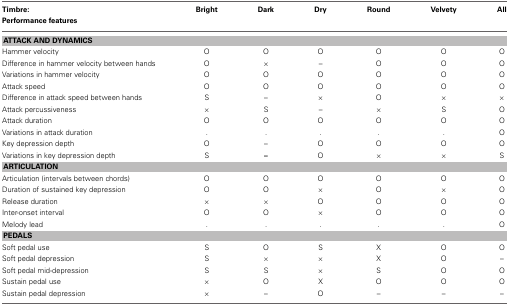
<table><thead><tr><td><b>Timbre: Performance features</b></td><td><b>Bright</b></td><td><b>Dark</b></td><td><b>Dry</b></td><td><b>Round</b></td><td><b>Velvety</b></td><td><b>All</b></td></tr></thead><tbody><tr><td colspan="7"><b>ATTACK AND DYNAMICS</b></td></tr><tr><td>Hammer velocity</td><td>O</td><td>O</td><td>O</td><td>O</td><td>O</td><td>O</td></tr><tr><td>Difference in hammer velocity between hands</td><td>O</td><td>×</td><td>–</td><td>O</td><td>O</td><td>O</td></tr><tr><td>Variations in hammer velocity</td><td>O</td><td>O</td><td>O</td><td>O</td><td>O</td><td>O</td></tr><tr><td>Attack speed</td><td>O</td><td>O</td><td>O</td><td>O</td><td>O</td><td>O</td></tr><tr><td>Difference in attack speed between hands</td><td>S</td><td>–</td><td>×</td><td>O</td><td>×</td><td>×</td></tr><tr><td>Attack percussiveness</td><td>×</td><td>S</td><td>–</td><td>×</td><td>S</td><td>O</td></tr><tr><td>Attack duration</td><td>O</td><td>O</td><td>O</td><td>O</td><td>O</td><td>O</td></tr><tr><td>Variations in attack duration</td><td>.</td><td>.</td><td>.</td><td>.</td><td>.</td><td>O</td></tr><tr><td>Key depression depth</td><td>O</td><td>–</td><td>O</td><td>O</td><td>O</td><td>O</td></tr><tr><td>Variations in key depression depth</td><td>S</td><td><b>–</b></td><td>O</td><td>×</td><td>×</td><td>S</td></tr><tr><td colspan="7"><b>ARTICULATION</b></td></tr><tr><td>Articulation (intervals between chords)</td><td>O</td><td>O</td><td>O</td><td>O</td><td>O</td><td>O</td></tr><tr><td>Duration of sustained key depression</td><td>O</td><td>O</td><td>×</td><td>O</td><td>×</td><td>O</td></tr><tr><td>Release duration</td><td>×</td><td>×</td><td>O</td><td>O</td><td>O</td><td>O</td></tr><tr><td>Inter-onset interval</td><td>O</td><td>O</td><td>×</td><td>O</td><td>O</td><td>O</td></tr><tr><td>Melody lead</td><td>.</td><td>.</td><td>.</td><td>.</td><td>.</td><td>O</td></tr><tr><td colspan="7"><b>PEDALS</b></td></tr><tr><td>Soft pedal use</td><td>S</td><td>O</td><td>S</td><td>X</td><td>O</td><td>O</td></tr><tr><td>Soft pedal depression</td><td>S</td><td>×</td><td>×</td><td>X</td><td>O</td><td>–</td></tr><tr><td>Soft pedal mid-depression</td><td>S</td><td>S</td><td>×</td><td>S</td><td>O</td><td>O</td></tr><tr><td>Sustain pedal use</td><td>×</td><td>O</td><td>X</td><td>O</td><td>O</td><td>O</td></tr><tr><td>Sustain pedal depression</td><td>×</td><td>–</td><td>O</td><td>–</td><td>–</td><td>–</td></tr></tbody></table>